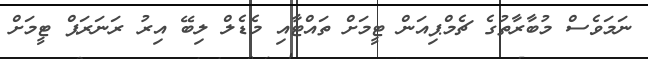
ނަމަވެސް މުބާރާތުގެ ޗެމްޕިއަން ޓީމަށް ތައްޓާއި މެޑެލް ލިބޭ އިރު ރަނަރަޕް ޓީމަށް